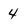
Character: 4